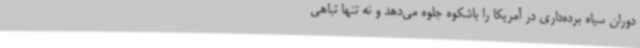
دوران سیاه برده‌داری در آمریکا را باشکوه جلوه می‌دهد و نه تنها تباهی